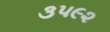
૩૫૯૨